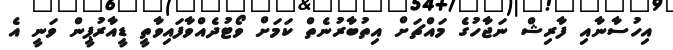
އިހުސާނާއި ފާރިޝް ނަޖާހުގެ މައްޗަށް އިތުބާރުނެތް ކަމަށް ވޯޓުދެއްވާފައިވާތީ ޑީއާރުޕީން ވަނީ އެ